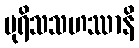
ပုရိသသဟဿာနိ